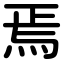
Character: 焉